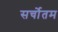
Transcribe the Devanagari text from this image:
सर्चोतम